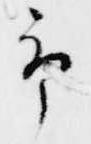
予